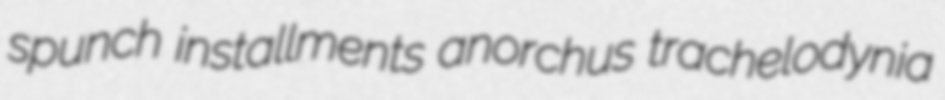
spunch installments anorchus trachelodynia